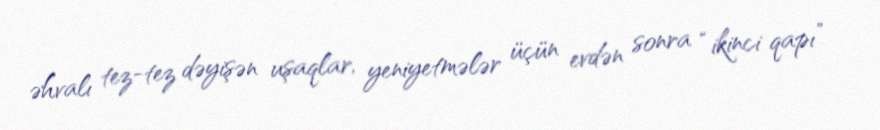
əhvalı tez-tez dəyişən uşaqlar, yeniyetmələr üçün evdən sonra “ikinci qapı”